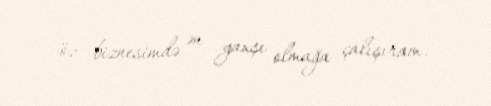
öz biznesimdə ən yaxşı olmağa çalışıram.